Indian journal of veterinary science and animal husbandry - Volume 9,
Year: 1939
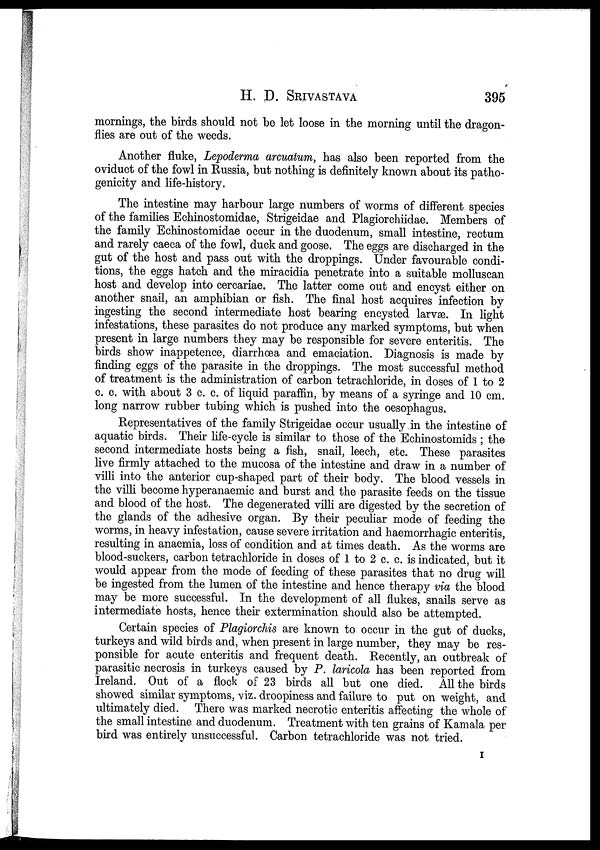
H. D.
SRIVASTAVA
395
mornings, the birds should not be let loose in the morning until the dragon-
flies are out of the weeds.
Another fluke, Lepoderma arcuatum, has also been reported from the
oviduct of the fowl in Russia, but nothing is definitely known about its patho-
genicity and life-history.
The intestine may harbour large numbers of worms of different species
of the families Echinostomidae, Strigeidae and Plagiorchiidae. Members of
the family Echinostomidae occur in the duodenum, small intestine, rectum
and rarely caeca of the fowl, duck and goose. The eggs are discharged in the
gut of the host and pass out with the droppings. Under favourable condi-
tions, the eggs hatch and the miracidia penetrate into a suitable molluscan
host and develop into cercariae. The latter come out and encyst either on
another snail, an amphibian or fish. The final host acquires infection by
ingesting the second intermediate host bearing encysted larvæ. In light
infestations, these parasites do not produce any marked symptoms, but when
present in large numbers they may be responsible for severe enteritis. The
birds show inappetence, diarrhœa and emaciation. Diagnosis is made by
finding eggs of the parasite in the droppings. The most successful method
of treatment is the administration of carbon tetrachloride, in doses of 1 to 2
c. c. with about 3 c. c. of liquid paraffin, by means of a syringe and 10 cm.
long narrow rubber tubing which is pushed into the oesophagus.
Representatives of the family Strigeidae occur usually in the intestine of
aquatic birds. Their life-cycle is similar to those of the Echinostomids ; the
second intermediate hosts being a fish, snail, leech, etc. These parasites
live firmly attached to the mucosa of the intestine and draw in a number of
villi into the anterior cup-shaped part of their body. The blood vessels in
the villi become hyperanaemic and burst and the parasite feeds on the tissue
and blood of the host. The degenerated villi are digested by the secretion of
the glands of the adhesive organ. By their peculiar mode of feeding the
worms, in heavy infestation, cause severe irritation and haemorrhagic enteritis,
resulting in anaemia, loss of condition and at times death. As the worms are
blood-suckers, carbon tetrachloride in doses of 1 to 2 c. c. is indicated, but it
would appear from the mode of feeding of these parasites that no drug will
be ingested from the lumen of the intestine and hence therapy via the blood
may be more successful. In the development of all flukes, snails serve as
intermediate hosts, hence their extermination should also be attempted.
Certain species of Plagiorchis are known to occur in the gut of ducks,
turkeys and wild birds and, when present in large number, they may be res-
ponsible for acute enteritis and frequent death. Recently, an outbreak of
parasitic necrosis in turkeys caused by P. laricola has been reported from
Ireland. Out of a flock of 23 birds all but one died. All the birds
showed similar symptoms, viz. droopiness and failure to put on weight, and
ultimately died. There was marked necrotic enteritis affecting the whole of
the small intestine and duodenum. Treatment with ten grains of Kamala per
bird was entirely unsuccessful. Carbon tetrachloride was not tried.
I